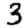
Digit: 3